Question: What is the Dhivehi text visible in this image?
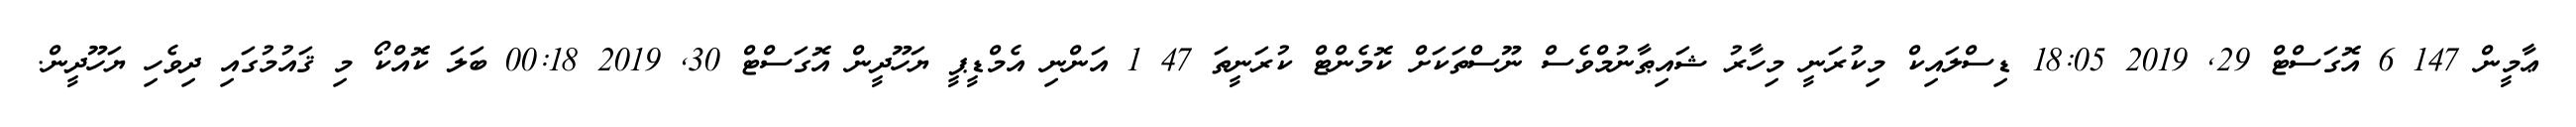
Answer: ޢާމީން 147 6 އޮގަސްޓް 29, 2019 18:05 ޑިސްލައިކް މިކުރަނީ މިހާރު ޝައިޠާނުމްވެސް ނޫސްތަކަށް ކޮމެންޓް ކުރަނީތަ 47 1 އަންނި އެމްޑީޕީ ޔަހޫދީން އޮގަސްޓް 30, 2019 00:18 ބަލަ ކޮއްކޯ މި ޤައުމުގައި ދިވެހި ޔަހޫދީން.